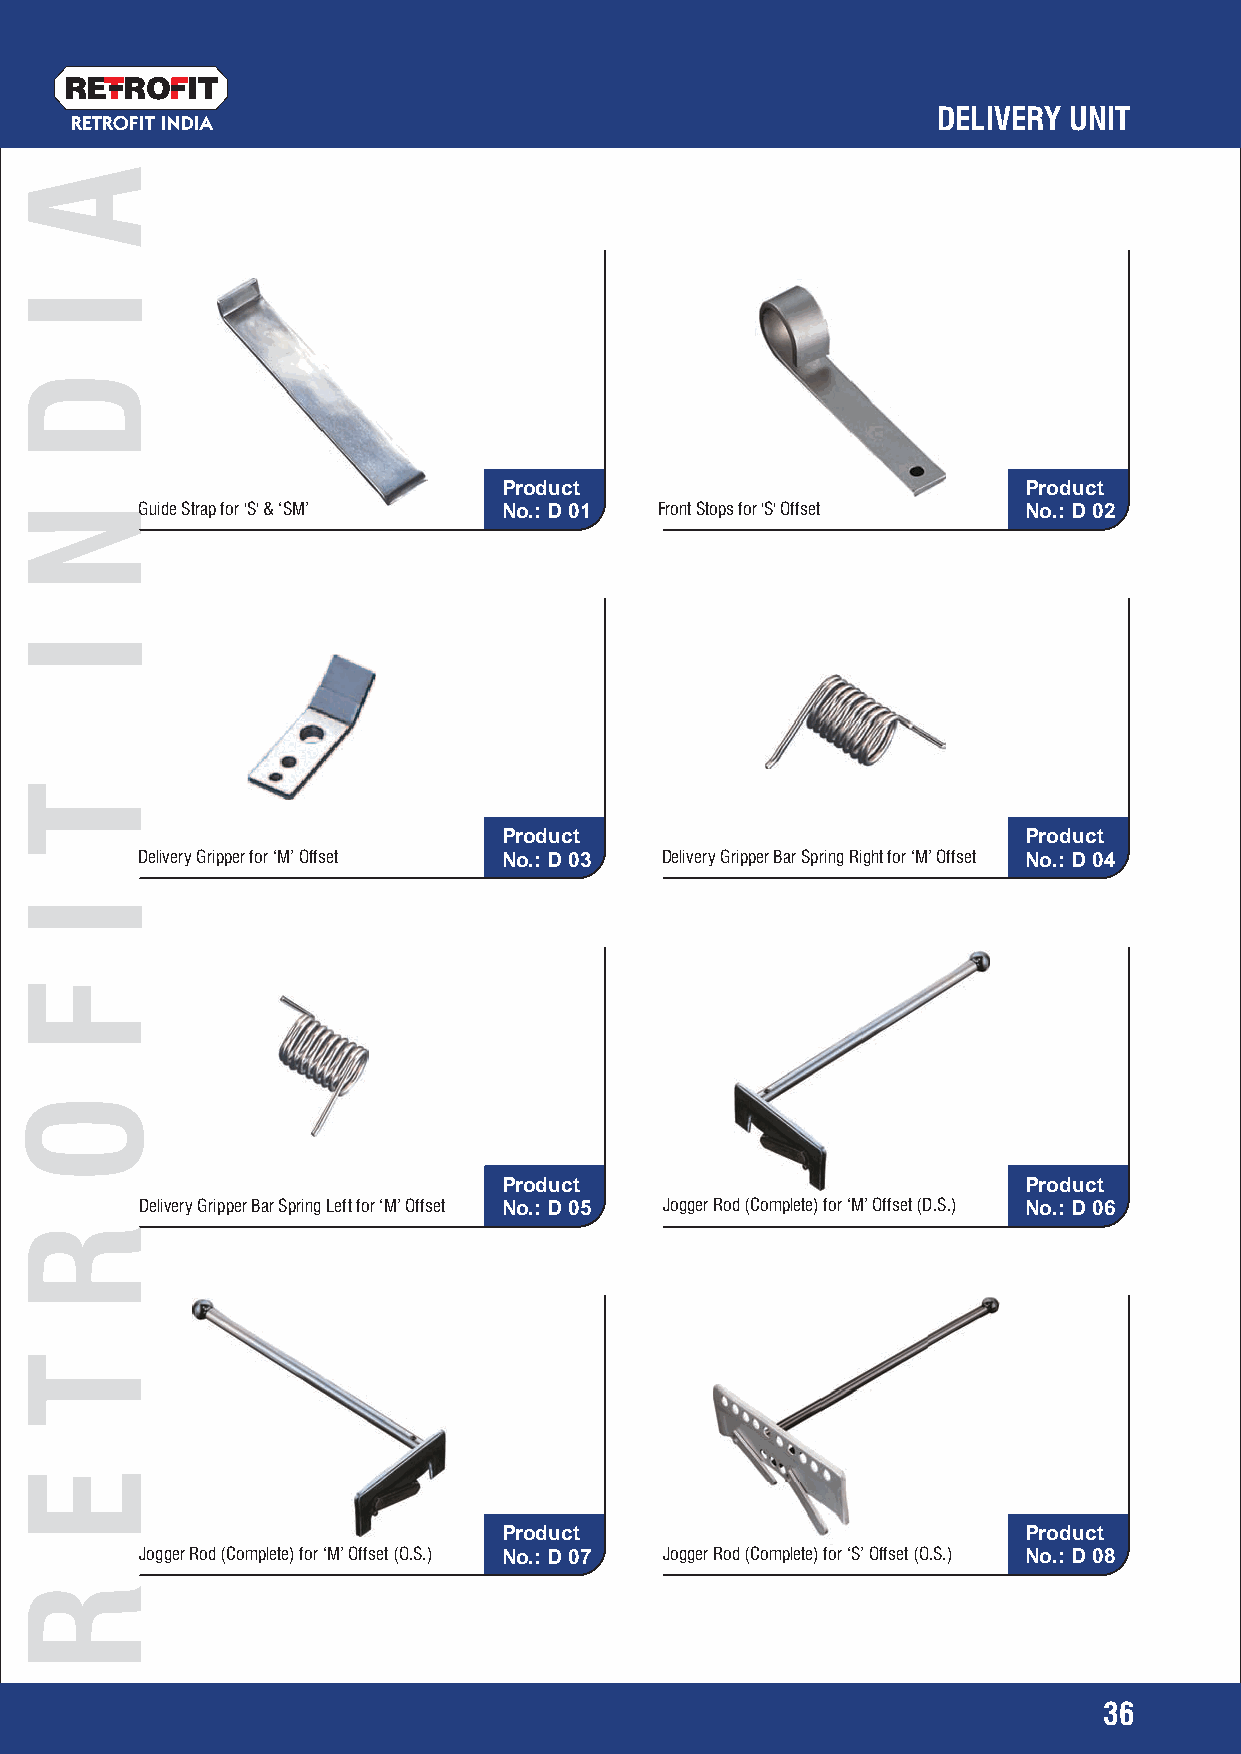
RETRO   IT
 DELIVERY UNIT
 RETROFIT INDIA
 Product                            Product
 Guide Strap for 'S' & ‘SM’ No.: D 01 Front Stops for 'S' Offset No.: D 02
 Product                            Product
 Delivery Gripper for ‘M’ Offset No.: D 03 Delivery Gripper Bar Spring Right for ‘M’ Offset No.: D 04
 Product                            Product
 Delivery Gripper Bar Spring Left for ‘M’ Offset No.: D 05 Jogger Rod (Complete) for ‘M’ Offset (D.S.) No.: D 06
 Product                            Product
 Jogger Rod (Complete) for ‘M’ Offset (O.S.) No.: D 07 Jogger Rod (Complete) for ‘S’ Offset (O.S.) No.: D 08
 36
 A
 I
 D
 N
 I
 T
 I
 F
 O
 R
 T
 E
 R